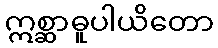
ဣစ္ဆာဓူပါယိတော